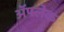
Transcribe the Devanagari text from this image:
अॅफ्लेक